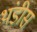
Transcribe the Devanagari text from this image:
थंडीस